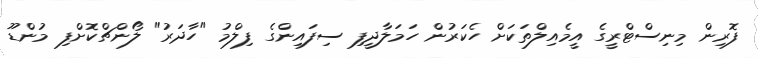
ފޮރިން މިނިސްޓްރީގެ އީމެއިލްތަކަށް ހެކަރުން ހަމަލާދީފި ސިފައިންގެ ފިލްމު "ހާދަރު" ލޯންޗްކޮށްފި މުންޑޫ